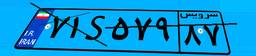
۷۱S۵۷۹۸۷